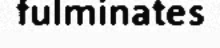
fulminates